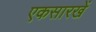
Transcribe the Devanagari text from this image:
एकसारखें